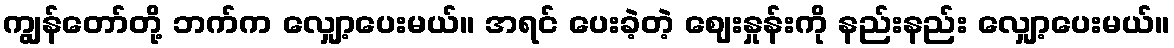
ကျွန်တော်တို့ ဘက်က လျှော့ပေးမယ်။ အရင် ပေးခဲ့တဲ့ ဈေးနှုန်းကို နည်းနည်း လျှော့ပေးမယ်။